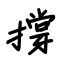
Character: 撐